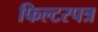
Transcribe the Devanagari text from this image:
फिल्टरपत्र